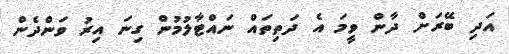
އަދި ބޭރަށް ދާން ވީމަ އެ ދަތިތައް ނައްޓާލުމުން ގިނަ އިރު ވަންދެން